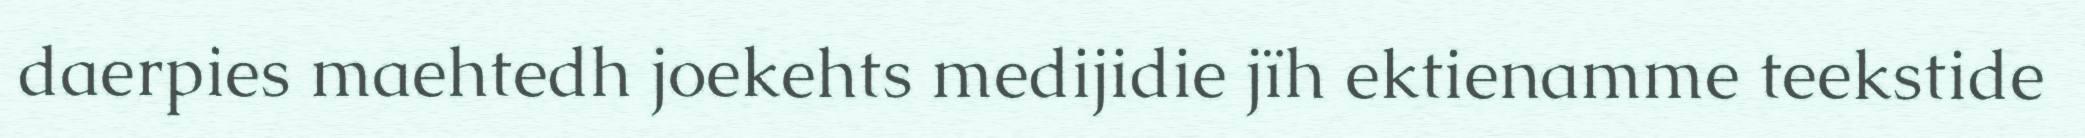
daerpies maehtedh joekehts medijidie jïh ektienamme teekstide